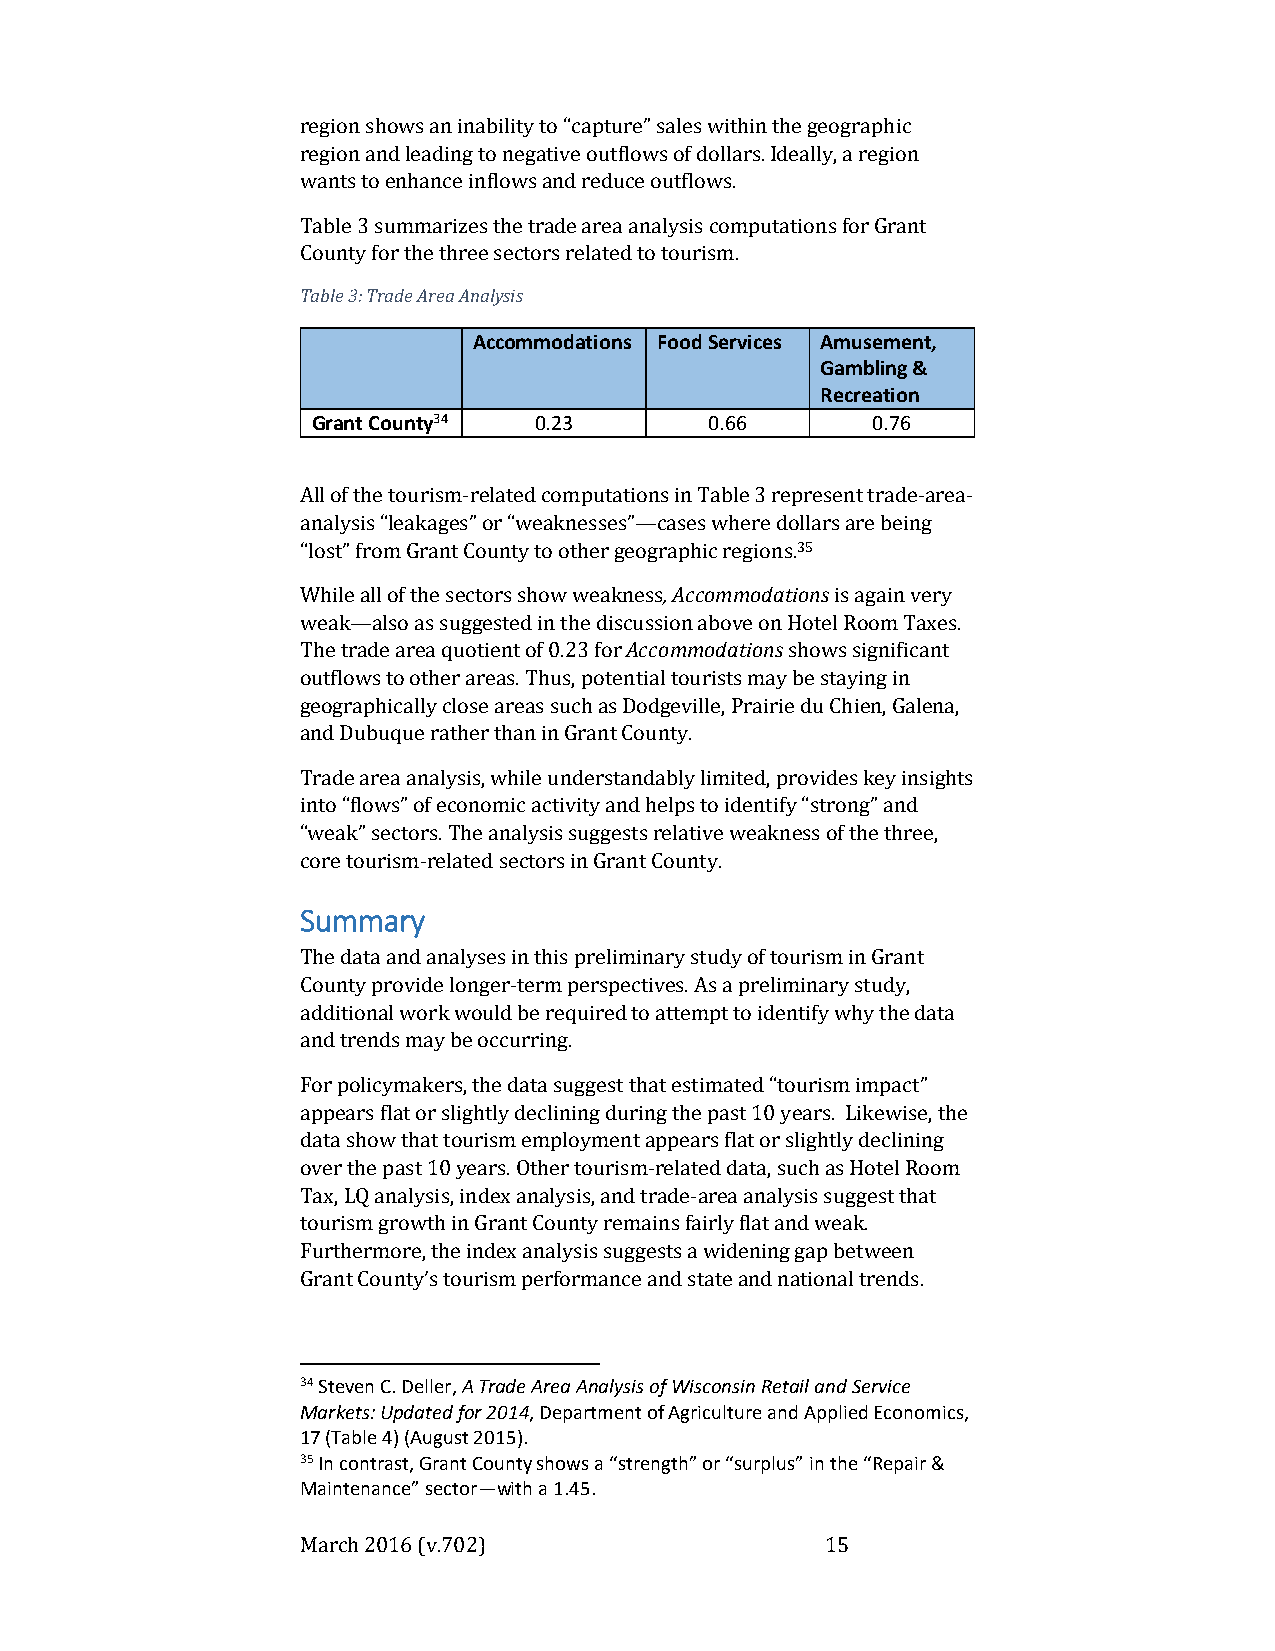
region shows an inability to “capture” sales within the geographic
 region and leading to negative outflows of dollars. Ideally, a region
 wants to enhance inflows and reduce outflows.
 Table 3 summarizes the trade area analysis computations for Grant
 County for the three sectors related to tourism.
 Table 3: Trade Area Analysis
 Accommodations Food Services Amusement,
 Gambling &
 Recreation
 Grant County34 0.23       0.66       0.76
 All of the tourism-related computations in Table 3 represent trade-area-
 analysis “leakages” or “weaknesses”—cases where dollars are being
 “lost” from Grant County to other geographic regions.35
 While all of the sectors show weakness, Accommodations is again very
 weak—also as suggested in the discussion above on Hotel Room Taxes.
 The trade area quotient of 0.23 for Accommodations shows significant
 outflows to other areas. Thus, potential tourists may be staying in
 geographically close areas such as Dodgeville, Prairie du Chien, Galena,
 and Dubuque rather than in Grant County.
 Trade area analysis, while understandably limited, provides key insights
 into “flows” of economic activity and helps to identify “strong” and
 “weak” sectors. The analysis suggests relative weakness of the three,
 core tourism-related sectors in Grant County.
 Summary
 The data and analyses in this preliminary study of tourism in Grant
 County provide longer-term perspectives. As a preliminary study,
 additional work would be required to attempt to identify why the data
 and trends may be occurring.
 For policymakers, the data suggest that estimated “tourism impact”
 appears flat or slightly declining during the past 10 years. Likewise, the
 data show that tourism employment appears flat or slightly declining
 over the past 10 years. Other tourism-related data, such as Hotel Room
 Tax, LQ analysis, index analysis, and trade-area analysis suggest that
 tourism growth in Grant County remains fairly flat and weak.
 Furthermore, the index analysis suggests a widening gap between
 Grant County’s tourism performance and state and national trends.
 34 Steven C. Deller, A Trade Area Analysis of Wisconsin Retail and Service
 Markets: Updated for 2014, Department of Agriculture and Applied Economics,
 17 (Table 4) (August 2015).
 35 In contrast, Grant County shows a “strength” or “surplus” in the “Repair &
 Maintenance” sector—with a 1.45.
 March 2016 (v.702)                 15